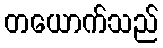
တယောက်သည်